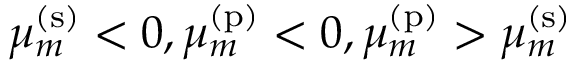
\mu _ { m } ^ { \mathrm { ( s ) } } < 0 , \mu _ { m } ^ { \mathrm { ( p ) } } < 0 , \mu _ { m } ^ { \mathrm { ( p ) } } > \mu _ { m } ^ { \mathrm { ( s ) } }